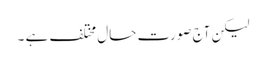
لیکن آج صورت ِحال مختلف ہے ۔